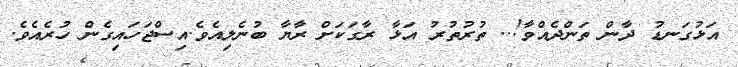
އަޅުގަނޑު ދާން ތަންދެއްވާ!.. ތުރުތުރު އަޅާ ރާގަކަށް ރާޔާ ބުނެލިއެވެ.އިސްޖަހައިގެން ހުރެއެވެ.